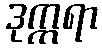
ဒုက္ကရာ